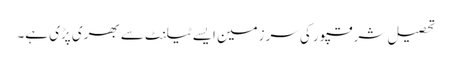
تحصیل شرقپور کی سرزمین ایسے ٹیلنٹ سے بھری پڑی ہے۔